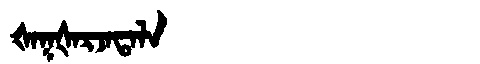
Manchu: ᡧᠠᡴᡧᠠᡵᠵᠠᡨᠠᠯᠠ
Romanization: ŠAKŠARJATALA